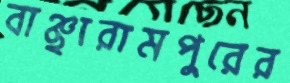
বাঞ্ছারামপুরের